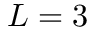
L = 3